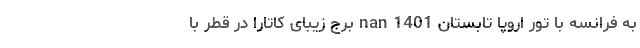
به فرانسه با تور اروپا تابستان 1401 nan برج زیبای کاتارا در قطر با